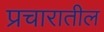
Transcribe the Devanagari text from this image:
प्रचारातील